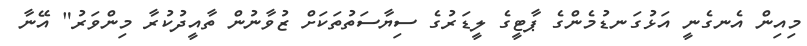
މިއިން އެނގެނީ އަޅުގަނޑުމެންގެ ޕާޓީގެ ލީޑަރުގެ ސިޔާސަތުތަކަށް ޒުވާނުން ތާއީދުކުރާ މިންވަރު" އޭނާ